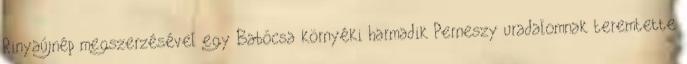
Rinyaújnép megszerzésével egy Babócsa környéki harmadik Perneszy uradalomnak teremtette